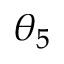
\theta _ { 5 }